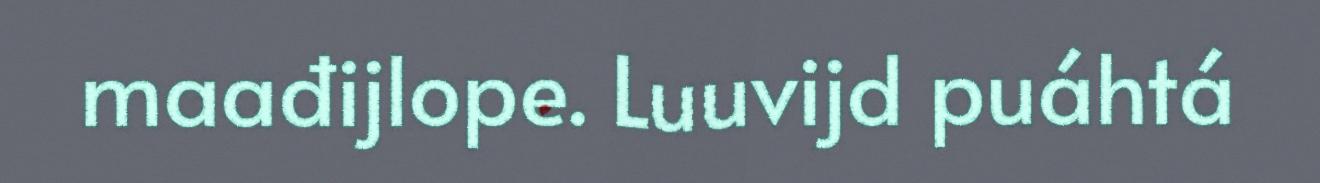
maađijlope. Luuvijd puáhtá